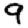
Digit: 9